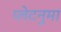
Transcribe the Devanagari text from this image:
प्‍लेटनुमा